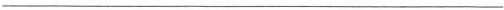
___